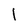
Character: I